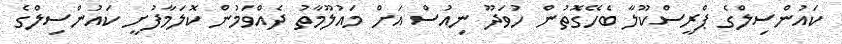
ކައުންސިލްގެ ޕްރީސްކޫލާ ބެހޭގޮތުން ހުވަދޫ ނިއުސް އަށް މައުލޫމާތު ދެއްވަމުން ކޮލަމާފުށީ ކައުންސިލްގެ